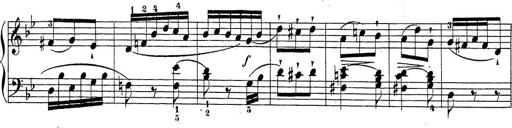
Title: Sonatina Album
Composer: Louis KÃ¶hler